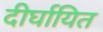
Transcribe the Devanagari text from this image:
दीर्घायित